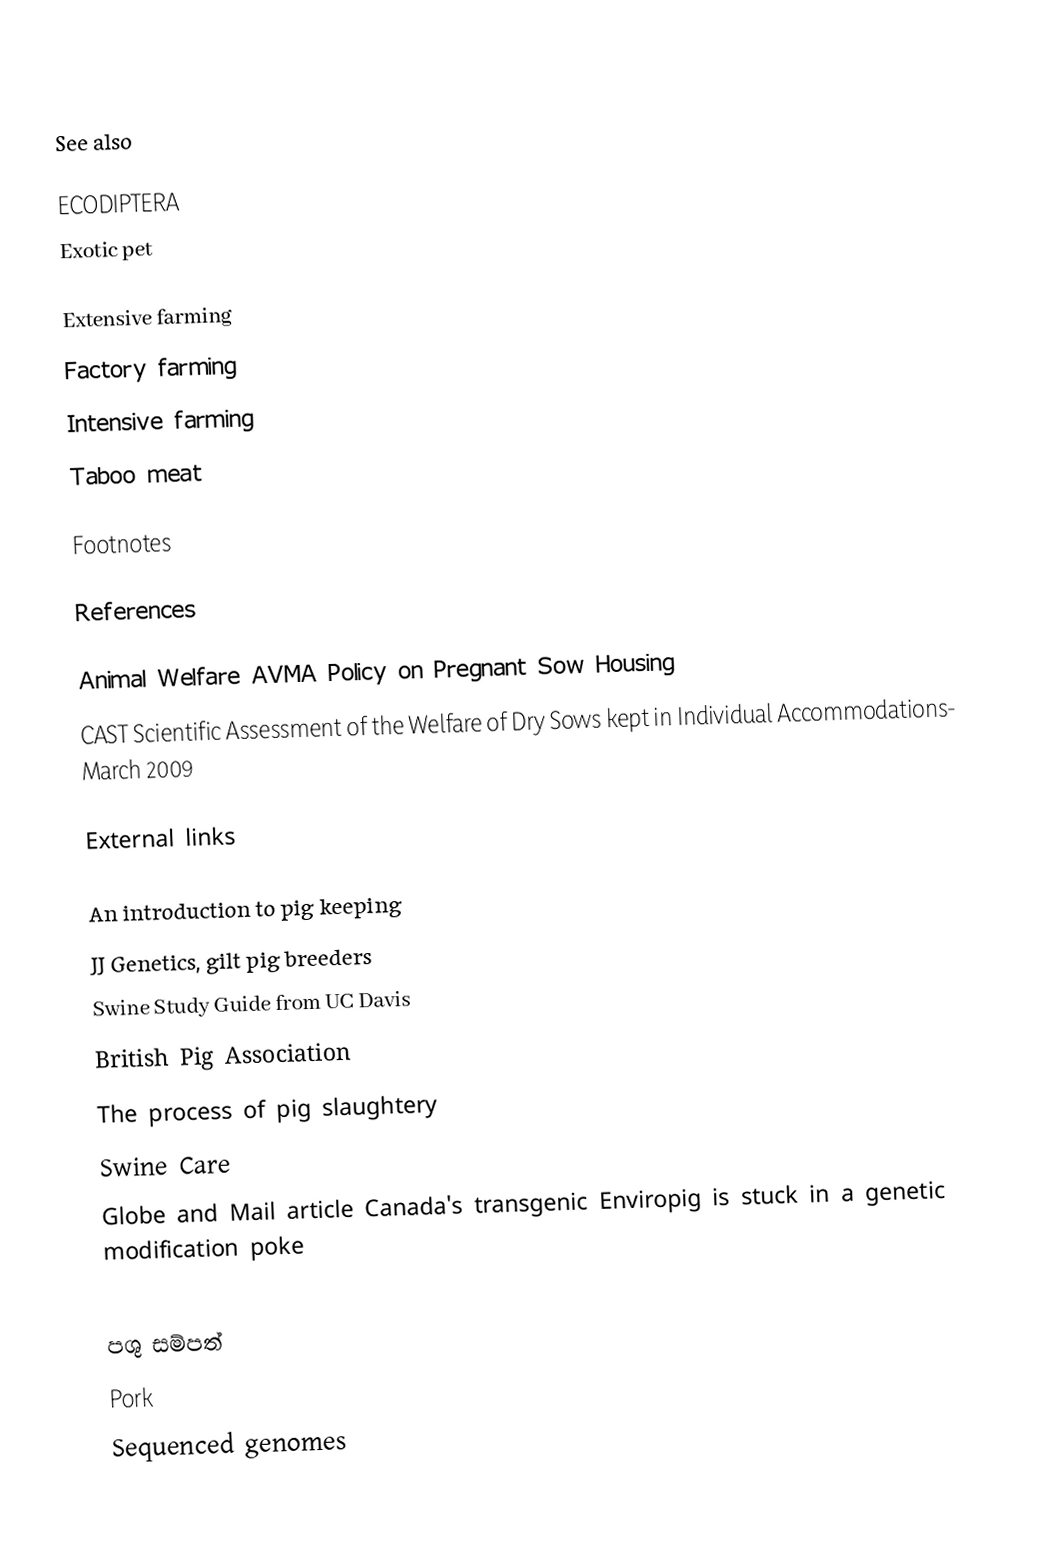

See also

 ECODIPTERA
 Exotic pet

 Extensive farming
 Factory farming
 Intensive farming
 Taboo meat

Footnotes

References

 Animal Welfare AVMA Policy on Pregnant Sow Housing
 CAST Scientific Assessment of the Welfare of Dry Sows kept in Individual Accommodations- March 2009

External links

 An introduction to pig keeping
 JJ Genetics, gilt pig breeders
 Swine Study Guide from UC Davis
 British Pig Association
 The process of pig slaughtery
 Swine Care
 Globe and Mail article Canada's transgenic Enviropig is stuck in a genetic modification poke

පශු සම්පත්
Pork
Sequenced genomes